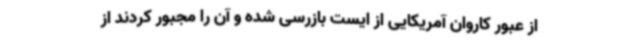
از عبور کاروان آمریکایی از ایست بازرسی شده و آن را مجبور کردند از